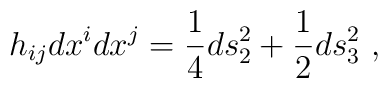
h_{ij} dx^i dx^j = {1\over 4} ds_2^2 + {1\over 2} ds_3^2\ ,